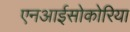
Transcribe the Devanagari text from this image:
एनआईसोकोरिया